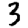
Digit: 3